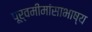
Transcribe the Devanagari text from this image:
पूर्वमीमांसाभाष्य